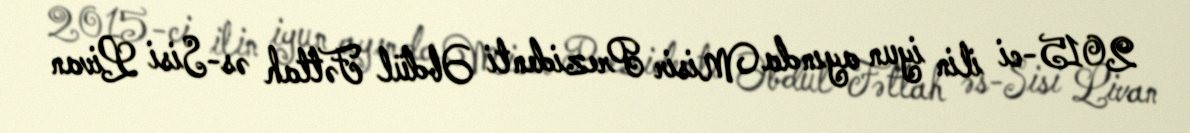
2015-ci ilin iyun ayında Misir Prezidenti Əbdül Fəttah əs-Sisi Livan